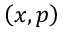
\left( x , p \right)